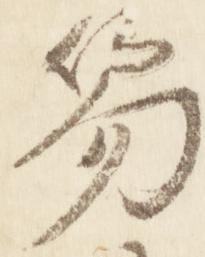
笏